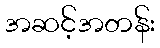
အဆင့်အတန်း